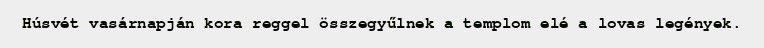
Húsvét vasárnapján kora reggel összegyűlnek a templom elé a lovas legények.